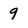
Character: 9